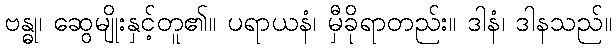
ဗန္ဓု၊ ဆွေမျိုးနှင့်တူ၏။ ပရာယနံ၊ မှီခိုရာတည်း။ ဒါနံ၊ ဒါနသည်။